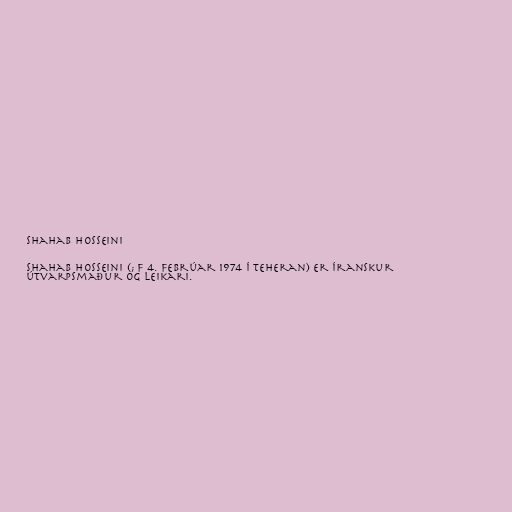
Shahab Hosseini

Shahab Hosseini (; f 4. febrúar 1974 í Teheran) er íranskur
útvarpsmaður og leikari.